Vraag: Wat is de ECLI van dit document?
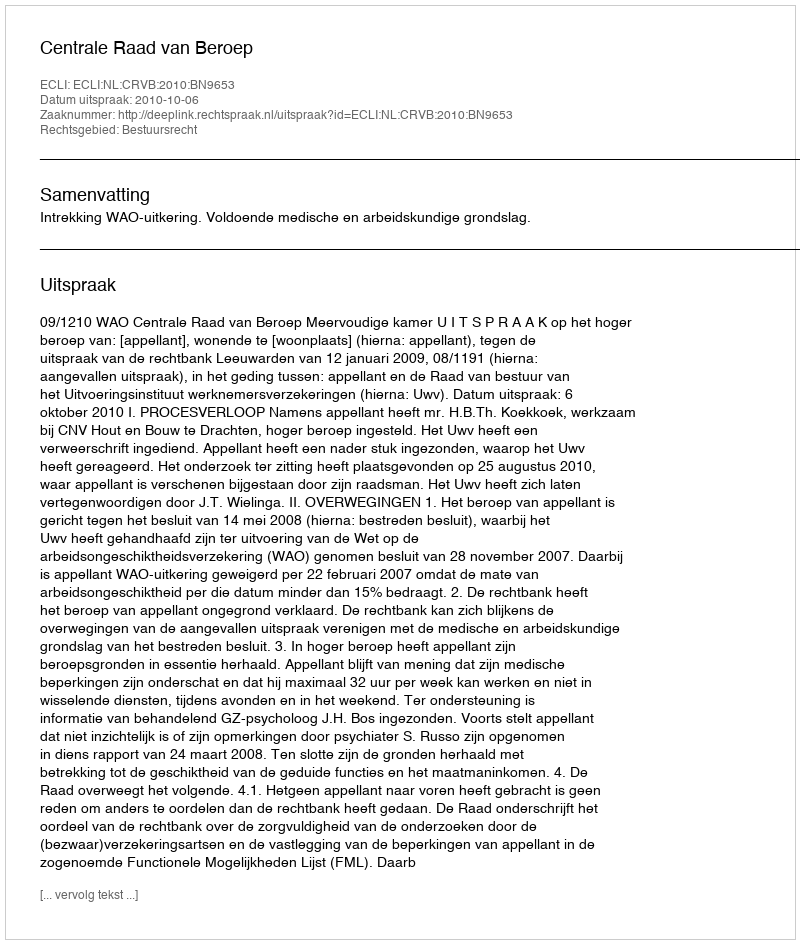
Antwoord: ECLI:NL:CRVB:2010:BN9653